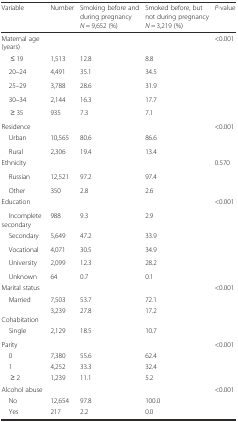
| Variable | Number | Smoking before and during pregnancy N = 9,652 (%) | Smoked before, but not during pregnancy N = 3,219 (%) | P-value |
 | --- | --- | --- | --- | --- |
 | Maternal age (years) |  |  |  | <0.001 |
 | ≤ 19 | 1,513 | 12.8 | 8.8 |  |
 | 20–24 | 4,491 | 35.1 | 34.5 |  |
 | 25–29 | 3,788 | 28.6 | 31.9 |  |
 | 30–34 | 2,144 | 16.3 | 17.7 |  |
 | ≥ 35 | 935 | 7.3 | 7.1 |  |
 | Residence |  |  |  | <0.001 |
 | Urban | 10,565 | 80.6 | 86.6 |  |
 | Rural | 2,306 | 19.4 | 13.4 |  |
 | Ethnicity |  |  |  | 0.570 |
 | Russian | 12,521 | 97.2 | 97.4 |  |
 | Other | 350 | 2.8 | 2.6 |  |
 | Education |  |  |  | <0.001 |
 | Incomplete secondary | 988 | 9.3 | 2.9 |  |
 | Secondary | 5,649 | 47.2 | 33.9 |  |
 | Vocational | 4,071 | 30.5 | 34.9 |  |
 | University | 2,099 | 12.3 | 28.2 |  |
 | Unknown | 64 | 0.7 | 0.1 |  |
 | Marital status |  |  |  | <0.001 |
 | Married | 7,503 | 53.7 | 72.1 |  |
 | Cohabitation | 3,239 | 27.8 | 17.2 |  |
 | Single | 2,129 | 18.5 | 10.7 |  |
 | Parity |  |  |  | <0.001 |
 | 0 | 7,380 | 55.6 | 62.4 |  |
 | 1 | 4,252 | 33.3 | 32.4 |  |
 | ≥ 2 | 1,239 | 11.1 | 5.2 |  |
 | Alcohol abuse |  |  |  | <0.001 |
 | No | 12,654 | 97.8 | 100.0 |  |
 | Yes | 217 | 2.2 | 0.0 |  |